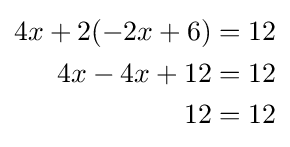
{\begin{aligned}4x+2(-2x+6)=12\\4x-4x+12=12\\12=12\end{aligned}}